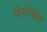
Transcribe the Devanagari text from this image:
फेगरेओस